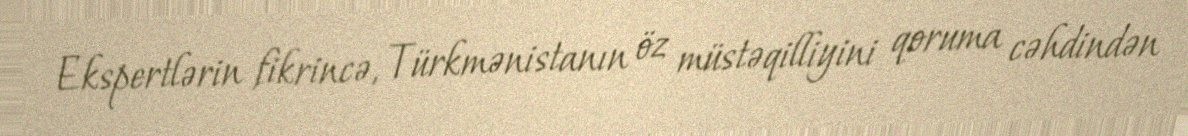
Ekspertlərin fikrincə, Türkmənistanın öz müstəqilliyini qoruma cəhdindən